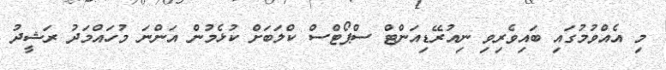
މި އެއްވުމުގައި ބައިވެރިވި ނިއުރޭޑިއަންޓް ސްޕޯޓްސް ކްލަބަށް ކުޅެމުން އަންނަ މުހައްމަދު ރަޝީދު